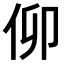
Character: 𠇩